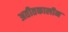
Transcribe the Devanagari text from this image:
अतीतकालीन